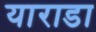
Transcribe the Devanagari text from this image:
याराडा